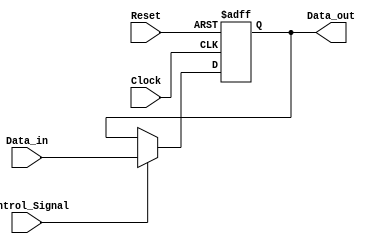
module Forwarding_Register (
    input  wire [31:0] Data_in,       // Input Data (32 bits)
    input  wire        Control_Signal, // Control signal for forwarding
    input  wire        Clock,          // Clock signal
    input  wire        Reset,          // Asynchronous reset
    output reg  [31:0] Data_out        // Output Data (32 bits)
);

// Asynchronous reset and operation on the rising edge of the clock
always @(posedge Clock or posedge Reset) begin
    if (Reset) begin
        Data_out <= 32'b0; // Clear the register (set to zero)
    end else if (Control_Signal) begin
        Data_out <= Data_in; // Forward the Data_in to Data_out
    end // else, Data_out retains its previous value
end

endmodule